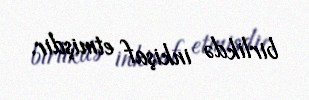
birlikdə inkişaf etmişdir.